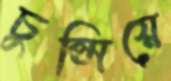
চুপ্‌সিয়ে